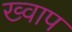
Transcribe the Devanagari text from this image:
ख्वाप